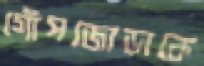
গোঁপজোড়াকে